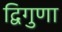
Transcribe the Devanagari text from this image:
द्विगुणा